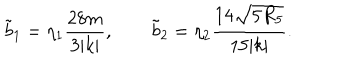
\tilde { b } _ { 1 } = \eta _ { 1 } { \frac { 2 8 m } { 3 | k | } } , \qquad \tilde { b } _ { 2 } = \eta _ { 2 } { \frac { 1 4 \sqrt { 5 R _ { 5 } } } { 1 5 | k | } } .